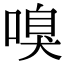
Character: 嗅